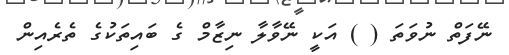
ނޭފަތް ނުވަތަ ( ) އަކީ ނޭވާލާ ނިޒާމް ގެ ބައިތަކުގެ ތެރެއިން